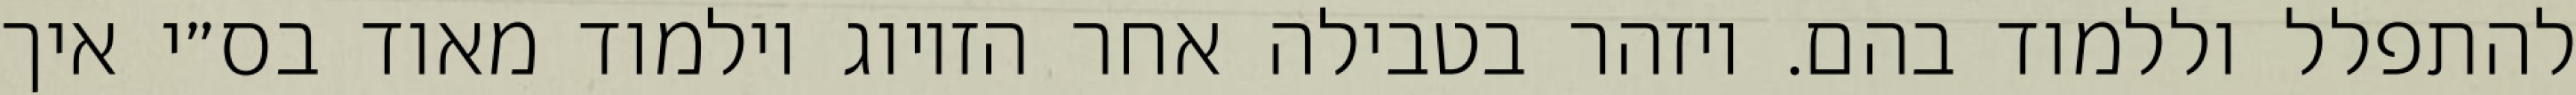
להתפלל וללמוד בהם. ויזהר בטבילה אחר הזיווג וילמוד מאוד בס״י איך